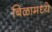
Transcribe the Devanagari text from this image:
बिळामध्ये